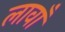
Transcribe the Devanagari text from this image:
लावाँ